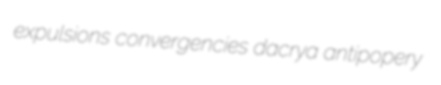
expulsions convergencies dacrya antipopery